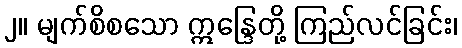
၂။ မျက်စိစသော ဣန္ဒြေတို့ ကြည်လင်ခြင်း၊